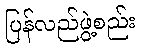
ပြန်လည်ဖွဲ့စည်း